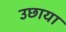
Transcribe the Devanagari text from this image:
उछाया